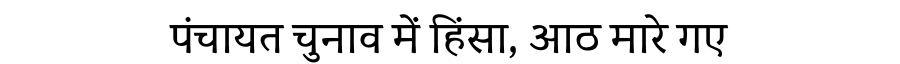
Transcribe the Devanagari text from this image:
पंचायत चुनाव में हिंसा, आठ मारे गए